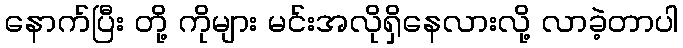
နောက်ပြီး တို့ ကိုများ မင်းအလိုရှိနေလားလို့ လာခဲ့တာပါ